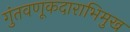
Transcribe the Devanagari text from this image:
गुंतवणूकदाराभिमुख